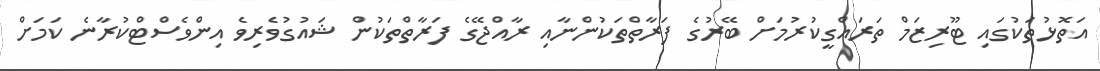
އަތޮޅުތަކުގައި ޓޫރިޒަމް ތަރައްގީކުރުމަށް ބޭރުގެ ފަރާތްތަކުންނާއި ރާއްޖޭގެ ފަރާތްތަކުން ޝައުގުވެރިވެ އިންވެސްޓްކުރާނެ ކަމަށް